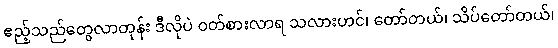
ဧည့်သည်တွေလာတုန်း ဒီလိုပဲ ဝတ်စားလာရ သလားဟင်၊ တော်တယ်၊ သိပ်တော်တယ်၊